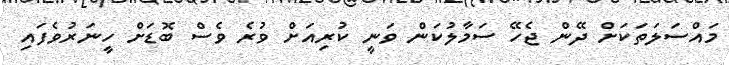
މައްސަލަތަކަށް ދޭން ޖެހޭ ސަމާލުކަން ވަނީ ކުރިއަށް ވުރެ ވެސް ބޮޑަށް ހީނަރުވެފައި